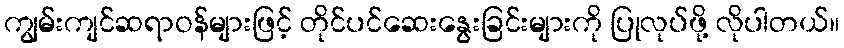
ကျွမ်းကျင်ဆရာဝန်များဖြင့် တိုင်ပင်ဆေးနွေးခြင်းများကို ပြုလုပ်ဖို့ လိုပါတယ်။